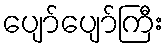
ပျော်ပျော်ကြီး